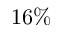
1 6 \%